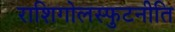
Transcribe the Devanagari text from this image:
राशिगोलस्फुटनीति